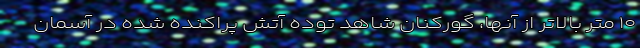
۱۰ متر بالاتر از آنها، گورکنان شاهد توده آتش پراکنده شده در آسمان